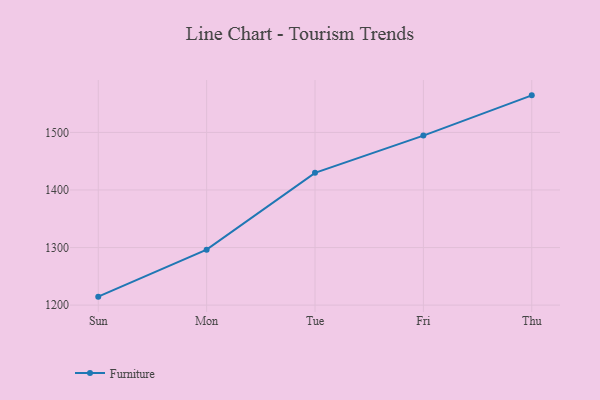
{"axis": {"x": "Day", "y": "Temperature (°C)"}, "legend": ["Furniture"], "data": [{"x": "Sun", "y": 1214.7, "type": "Furniture"}, {"x": "Mon", "y": 1296.3, "type": "Furniture"}, {"x": "Tue", "y": 1429.8, "type": "Furniture"}, {"x": "Fri", "y": 1494.5, "type": "Furniture"}, {"x": "Thu", "y": 1564.4, "type": "Furniture"}]}